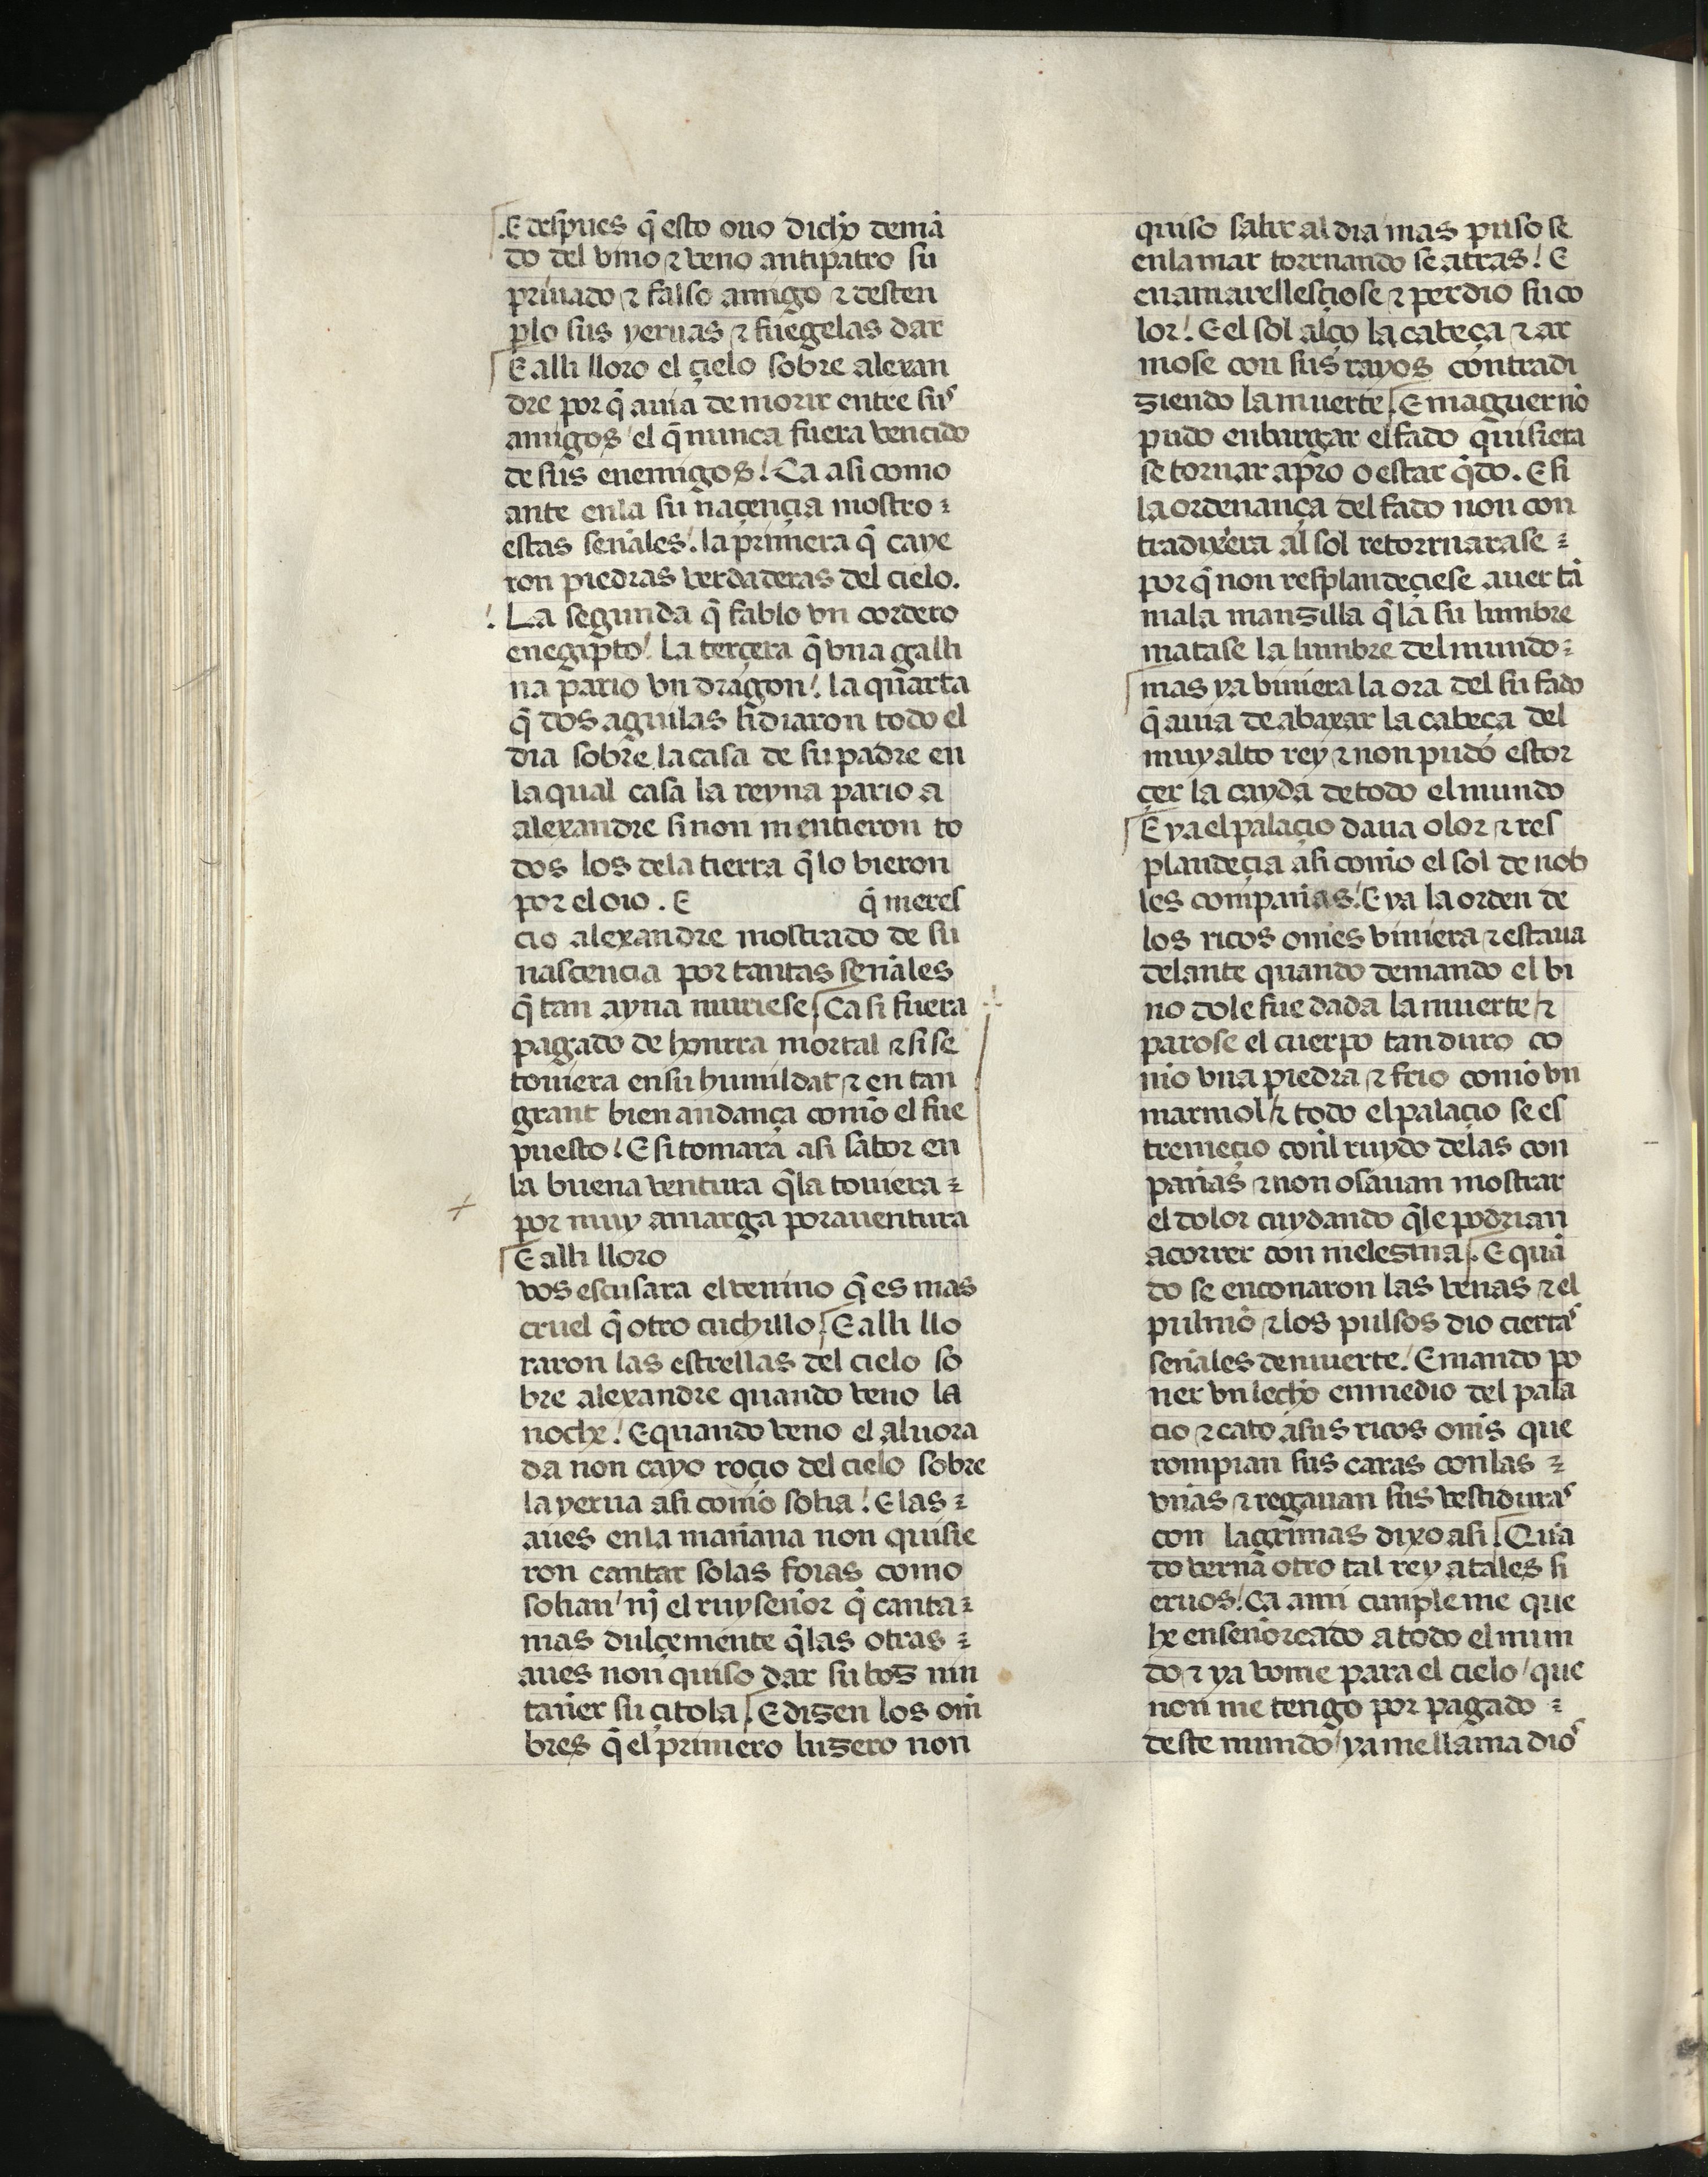
Shelfmark: Madrid, Fundación Lázaro Galdiano, mss 289
Century: 15